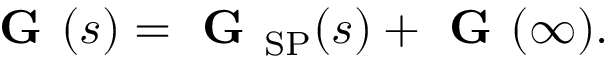
{ \textbf { G } } ( s ) = { \textbf { G } } _ { \mathrm { S P } } ( s ) + { \textbf { G } } ( \infty ) .